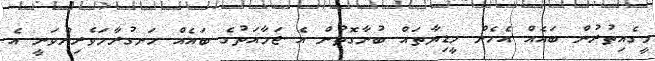
މީގެއިތުރުން ބައެއް އެހެން މީޑިޔާތައް ބުނާގޮތުން އެ ޖަމާއަތުގެ ބައެއް ހަނގުރާމަވެރިންވަނީ އެ